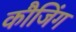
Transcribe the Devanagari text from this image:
कौजिंग